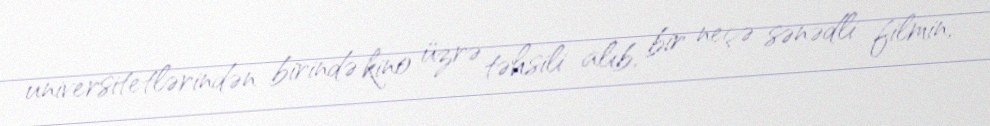
universitetlərindən birində kino üzrə təhsili alıb, bir neçə sənədli filmin,